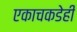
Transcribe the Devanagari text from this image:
एकाचकडेही